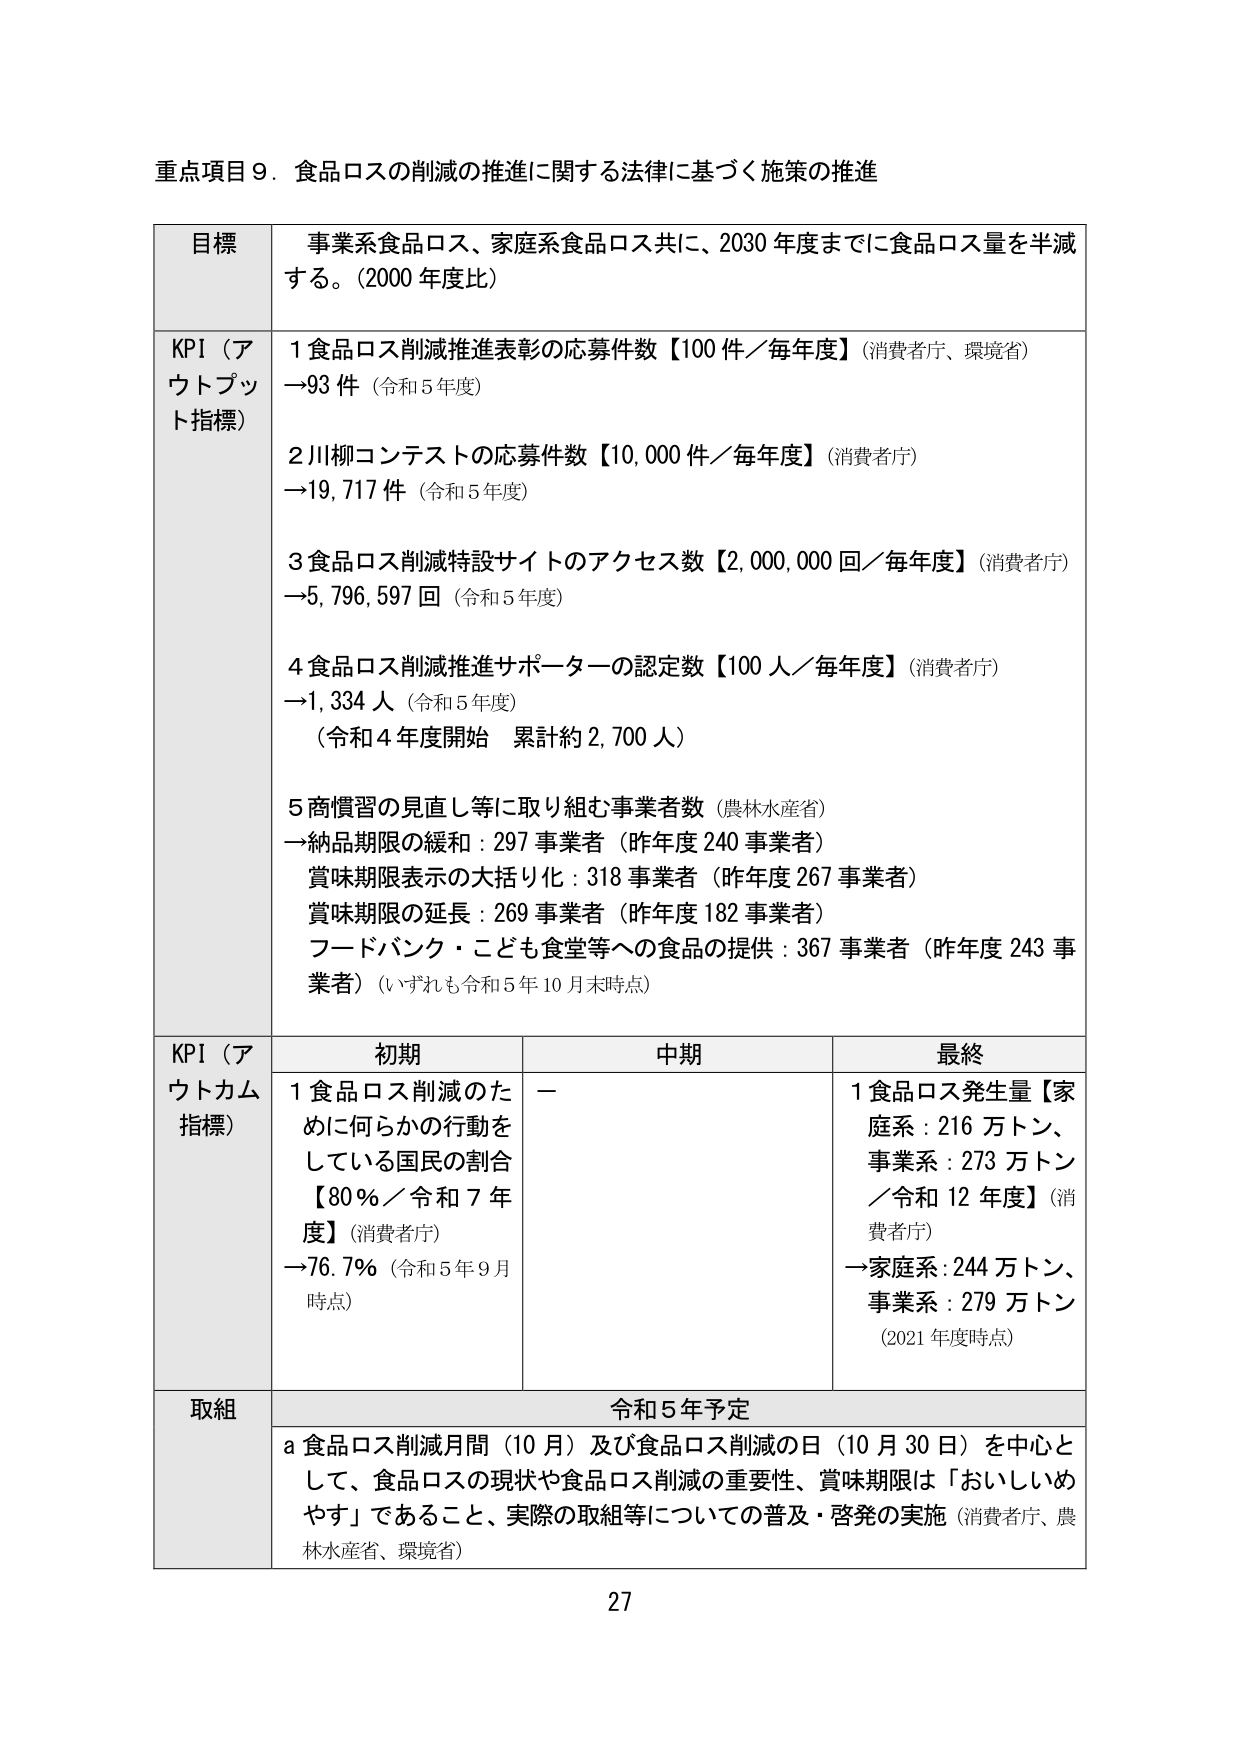
重点項目９．食品ロスの削減の推進に関する法律に基づく施策の推進

目標
事業系食品ロス、家庭系食品ロス共に、2030年度までに食品ロス量を半減する。（2000年度比）

KPI（アウトプット指標）
１食品ロス削減推進表彰の応募件数【100件／毎年度】（消費者庁、環境省）
→93件（令和5年度）

２川柳コンテストの応募件数【10,000件／毎年度】（消費者庁）
→19,717件（令和5年度）

３食品ロス削減特設サイトのアクセス数【2,000,000回／毎年度】（消費者庁）
→5,796,597回（令和5年度）

４食品ロス削減推進サポーターの認定数【100人／毎年度】（消費者庁）
→1,334人（令和5年度）
（令和4年度開始 累計約2,700人）

５商慣習の見直し等に取り組む事業者数（農林水産省）
→納品期限の緩和：297事業者（昨年度240事業者）
賞味期限表示の大括り化：318事業者（昨年度267事業者）
賞味期限の延長：269事業者（昨年度182事業者）
フードバンク・こども食堂等への食品の提供：367事業者（昨年度243事業者）（いずれも令和5年10月末時点）

KPI（アウトカム指標）
初期
１食品ロス削減のために何らかの行動をしている国民の割合【80％／令和7年度】（消費者庁）
→76.7％（令和5年9月時点）

中期
ー

最終
１食品ロス発生量【家庭系：216万トン、事業系：273万トン／令和12年度】（消費者庁）
→家庭系：244万トン、事業系：279万トン（2021年度時点）

取組
令和5年予定
ａ食品ロス削減月間（10月）及び食品ロス削減の日（10月30日）を中心として、食品ロスの現状や食品ロス削減の重要性、賞味期限は「おいしいめやす」であること、実際の取組等についての普及・啓発の実施（消費者庁、農林水産省、環境省）

27